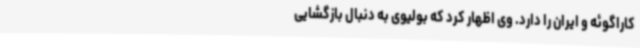
کاراگوئه و ایران را دارد. وی اظهار کرد که بولیوی به دنبال بازگشایی